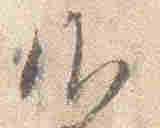
御